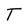
Character: T